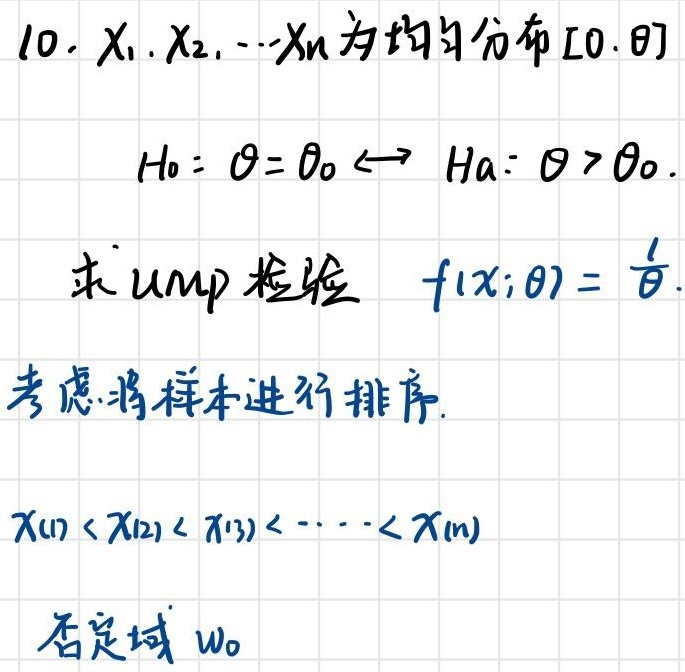
10. $X_1,X_2,\cdots,X_n$ 为均匀分布 $[0,\theta]$

$H_0:\theta = \theta_0 \leftrightarrow H_a:\theta > \theta_0$.

求 $UMP$ 检验 $f(x;\theta)=\frac{1}{\theta}$.

考虑将样本进行排序.

$X_{(1)} < X_{(2)} < X_{(3)} < \cdots < X_{(n)}$

否定域 $w_0$